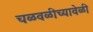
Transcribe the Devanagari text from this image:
चळवळीच्यावेळी